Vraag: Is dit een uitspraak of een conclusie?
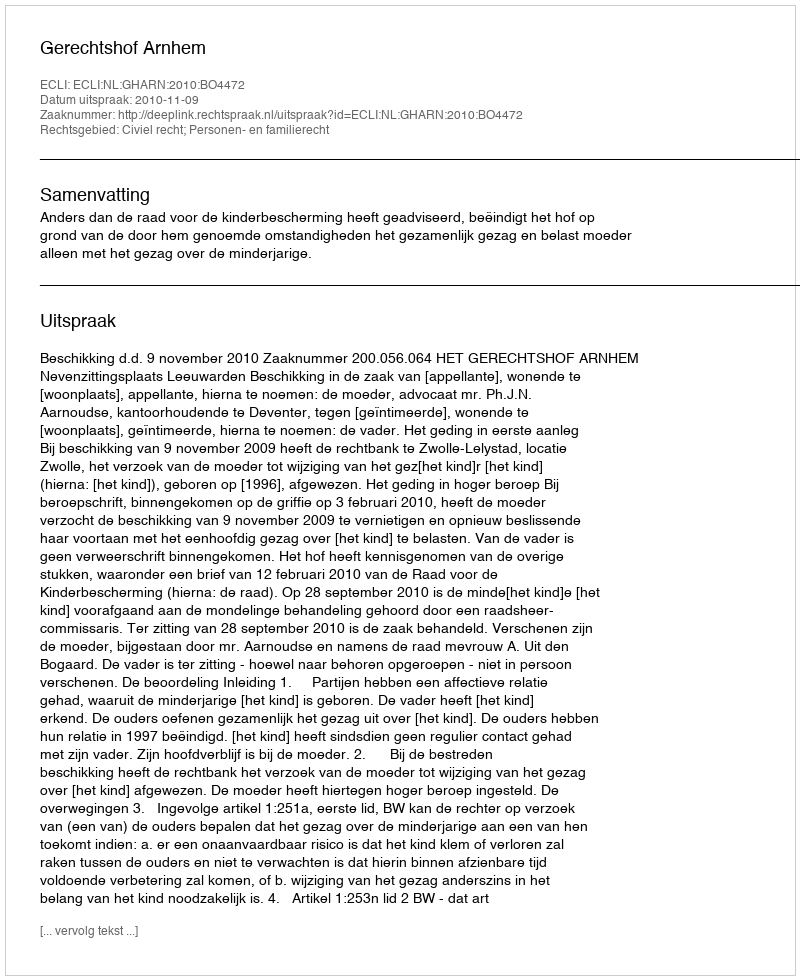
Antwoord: Uitspraak